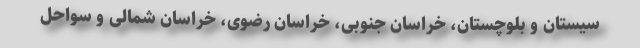
سیستان و بلوچستان، خراسان جنوبی، خراسان رضوی، خراسان شمالی و سواحل